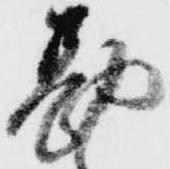
勘